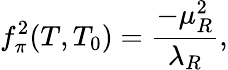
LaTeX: f_{\pi}^{2}(T,T_{0})=\frac{-\mu_{R}^{2}}{\lambda_{R}},